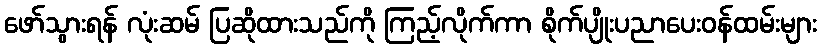
ဖော်သွားရန် လုံးဆမ် ပြဆိုထားသည်ကို ကြည့်လိုက်ကာ စိုက်ပျိုးပညာပေးဝန်ထမ်းများ